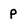
Character: p